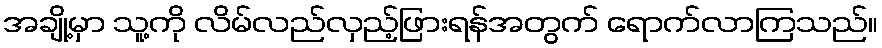
အချို့မှာ သူ့ကို လိမ်လည်လှည့်ဖြားရန်အတွက် ရောက်လာကြသည်။